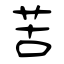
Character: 苦